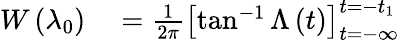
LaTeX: \begin{array}{rl}{W\left(\lambda_{0}\right)}&{{}=\frac{1}{2\pi}\left[\tan^{-1}\Lambda\left(t\right)\right]_{t=-\infty}^{t=-t_{1}}}\end{array}